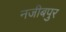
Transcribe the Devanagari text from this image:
नजीबपुर